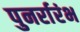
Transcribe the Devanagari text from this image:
पुनर्रारंभ